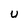
Character: U